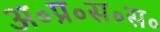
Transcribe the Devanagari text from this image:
अ॰प्र॰स॰स॰